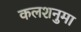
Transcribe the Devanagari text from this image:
कलशनुमा